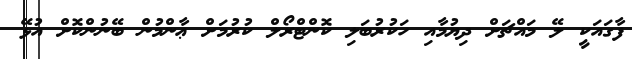
ފާގައަކީ ލޭ މައްޗަށް ދިޔުމާއި ހަކުރުބަލި ކޮންޓްރޯލް ކުރުމަށް ޢާންމުން ބޭނުންކޮށް އުޅޭ